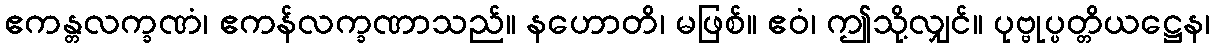
ဧကန္တလက္ခဏံ၊ ဧကန်လက္ခဏာသည်။ နဟောတိ၊ မဖြစ်။ ဧဝံ၊ ဤသို့လျှင်။ ပုဗ္ဗုပ္ပတ္တိယဋ္ဌေန၊